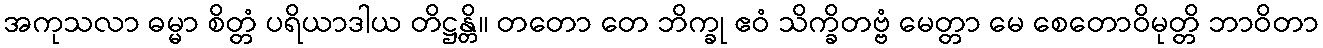
အကုသလာ ဓမ္မာ စိတ္တံ ပရိယာဒါယ တိဋ္ဌန္တိ။ တတော တေ ဘိက္ခု ဧဝံ သိက္ခိတဗ္ဗံ မေတ္တာ မေ စေတောဝိမုတ္တိ ဘာဝိတာ